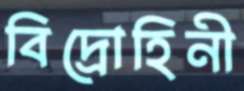
বিদ্রোহিনী